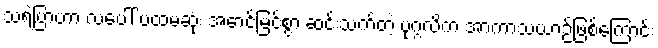
သရဲပြာဟာ လပေါ် ပထမဆုံး အောင်မြင်စွာ ဆင်းသက်တဲ့ ပုဂ္ဂလိက အာကာသယာဉ်ဖြစ်ကြောင်း